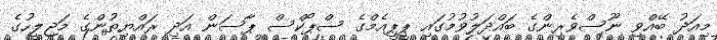
މިއަދު ބޭއްވި ނޫސްވެރިންގެ ބައްދަލުވުމުގައި ޕީޕީއެމްގެ ސްޕޯކްސް ޕާސަން އަދި ރައްޔިތުންގެ މަޖިލީހުގެ